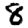
Digit: 8